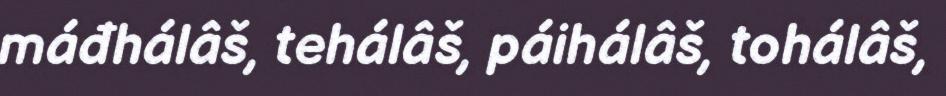
máđhálâš, tehálâš, páihálâš, tohálâš,